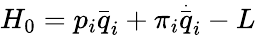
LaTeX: H_{0}=p_{i}\stackrel{\_ }{q}_{i}+\pi_{i}\stackrel{\stackrel{.}{\_ }}{q}_{i}-L